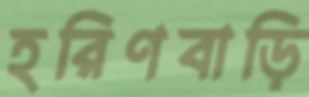
হরিণবাড়ি